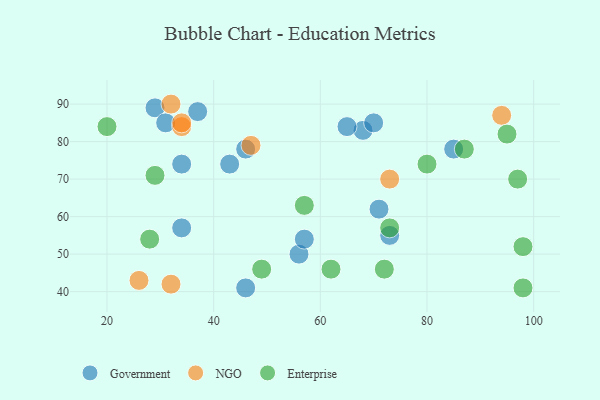
{"axis": {"x": "GDP", "y": "Life Expectancy"}, "legend": ["Enterprise", "Government", "NGO"], "data": [{"x": "71", "y": 62, "type": "Government"}, {"x": "37", "y": 88, "type": "Government"}, {"x": "68", "y": 83, "type": "Government"}, {"x": "34", "y": 57, "type": "Government"}, {"x": "73", "y": 55, "type": "Government"}, {"x": "29", "y": 89, "type": "Government"}, {"x": "31", "y": 85, "type": "Government"}, {"x": "43", "y": 74, "type": "Government"}, {"x": "46", "y": 78, "type": "Government"}, {"x": "56", "y": 50, "type": "Government"}, {"x": "57", "y": 54, "type": "Government"}, {"x": "46", "y": 41, "type": "Government"}, {"x": "34", "y": 74, "type": "Government"}, {"x": "70", "y": 85, "type": "Government"}, {"x": "85", "y": 78, "type": "Government"}, {"x": "65", "y": 84, "type": "Government"}, {"x": "32", "y": 90, "type": "NGO"}, {"x": "32", "y": 42, "type": "NGO"}, {"x": "26", "y": 43, "type": "NGO"}, {"x": "34", "y": 84, "type": "NGO"}, {"x": "94", "y": 87, "type": "NGO"}, {"x": "34", "y": 85, "type": "NGO"}, {"x": "73", "y": 70, "type": "NGO"}, {"x": "47", "y": 79, "type": "NGO"}, {"x": "98", "y": 52, "type": "Enterprise"}, {"x": "80", "y": 74, "type": "Enterprise"}, {"x": "87", "y": 78, "type": "Enterprise"}, {"x": "97", "y": 70, "type": "Enterprise"}, {"x": "62", "y": 46, "type": "Enterprise"}, {"x": "49", "y": 46, "type": "Enterprise"}, {"x": "28", "y": 54, "type": "Enterprise"}, {"x": "98", "y": 41, "type": "Enterprise"}, {"x": "73", "y": 57, "type": "Enterprise"}, {"x": "95", "y": 82, "type": "Enterprise"}, {"x": "57", "y": 63, "type": "Enterprise"}, {"x": "29", "y": 71, "type": "Enterprise"}, {"x": "72", "y": 46, "type": "Enterprise"}, {"x": "20", "y": 84, "type": "Enterprise"}]}